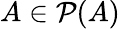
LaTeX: A\in\mathcal{P}(A)